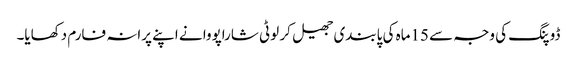
ڈوپنگ کی وجہ سے 15ماہ کی پابندی جھیل کر لوٹی شاراپووا نے اپنے پرانہ فارم دکھایا۔